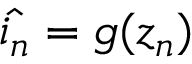
\hat { i _ { n } } = g ( z _ { n } )